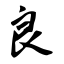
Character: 良